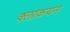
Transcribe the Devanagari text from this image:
क्लाकयन